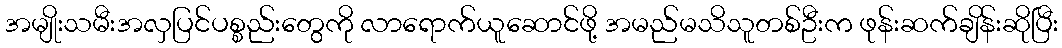
အမျိုးသမီးအလှပြင်ပစ္စည်းတွေကို လာရောက်ယူဆောင်ဖို့ အမည်မသိသူတစ်ဦးက ဖုန်းဆက်ချိန်းဆိုပြီး